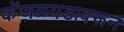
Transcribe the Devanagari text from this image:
केंजळगडावरून